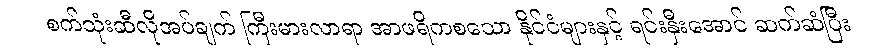
စက်သုံးဆီလိုအပ်ချက် ကြီးမားလာရာ အာဖရိကစသော နိုင်ငံများနှင့် ရင်းနှီးအောင် ဆက်ဆံပြီး